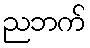
ညဘက်